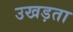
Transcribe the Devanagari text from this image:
उखड़ता